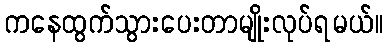
ကနေထွက်သွားပေးတာမျိုးလုပ်ရမယ်။